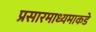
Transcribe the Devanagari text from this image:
प्रसारमाध्यमाकडे